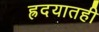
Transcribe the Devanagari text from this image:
ह्रदयातही